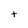
Character: t